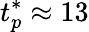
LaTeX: t_{p}^{*}\approx 13